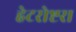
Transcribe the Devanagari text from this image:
हेटरोष्टरा